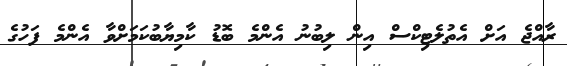
ރާއްޖެ އަށް އެތުލެޓިކްސް އިން ލިބުނު އެންމެ ބޮޑު ކާމިޔާބުކަމަށްވާ އެންމެ ފަހުގެ